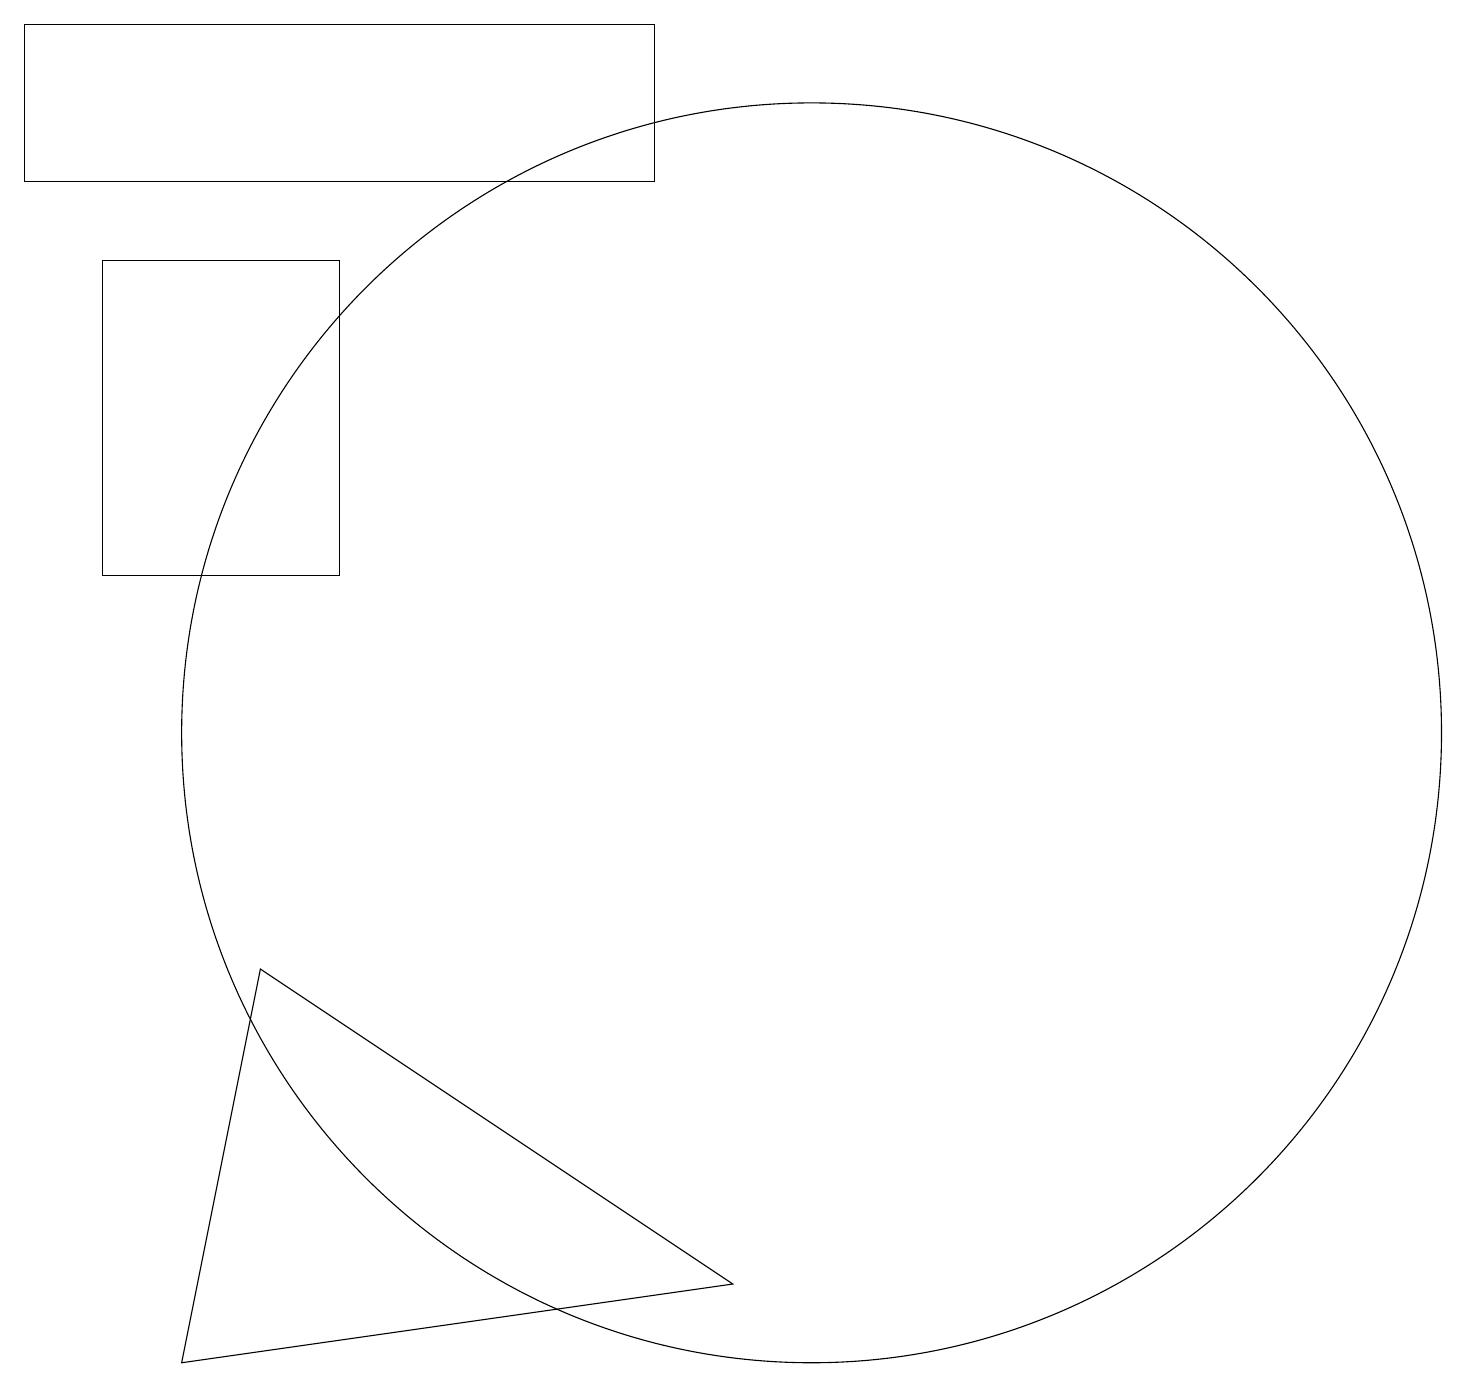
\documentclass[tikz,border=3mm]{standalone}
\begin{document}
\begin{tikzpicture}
\draw (8,19) rectangle (0,17);
\draw (4,12) rectangle (1,16);
\draw (3,7) -- (2,2) -- (9,3) -- cycle;
\draw (10,10) circle (8);
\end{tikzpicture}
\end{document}